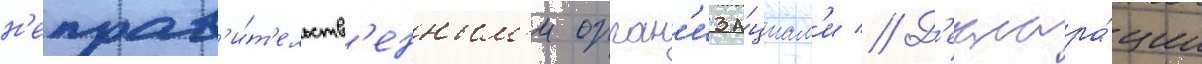
н'еправ'и́т'ельств'енным'и орган'иза́циам'и // Д'еклара́ции